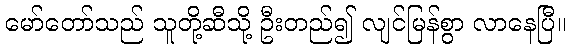
မော်တော်သည် သူတို့ဆီသို့ ဦးတည်၍ လျင်မြန်စွာ လာနေပြီ။